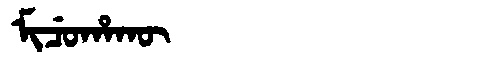
Manchu: ᠮᡳᠴᡠᡥᠠᡴᡡ
Romanization: MICUHAKŪ